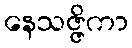
နေသဇ္ဇိကာ